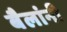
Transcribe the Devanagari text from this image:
बैलांनी